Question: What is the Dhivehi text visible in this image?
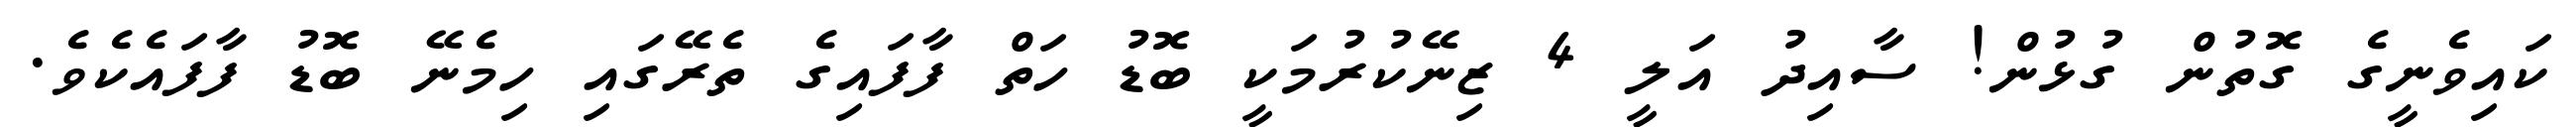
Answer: ކައިވެނީގެ ގޮތުން ގުޅުން! ސާއިދު އަލީ 4 ޒިނޭކުރުމަކީ ބޮޑު ހަތް ފާފައިގެ ތެރޭގައި ހިމެނޭ ބޮޑު ފާފައެކެވެ.